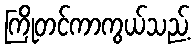
ကြိုတင်ကာကွယ်သည့်